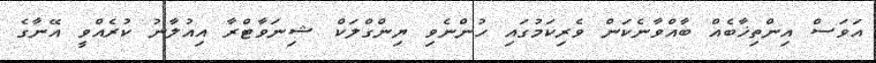
އަވަސް އިންތިޚާބެއް ބާއްވާނެކަން ވެރިކަމުގައި ހުންނެވި ޔިންގްލަކް ޝިނަވާޓްރާ އިއުލާނު ކުރެއްވީ އޭނާގެ